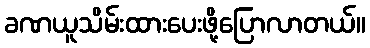
ခဏယူသိမ်းထားပေးဖို့ပြောလာတယ်။